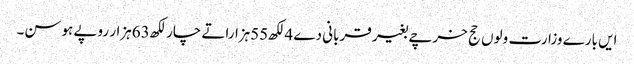
ایں بارے وزارت ولوں حج خرچے بغیر قربانی دے 4لکھ55ہزاراتے چار لکھ63ہزار روپے ہوسن۔